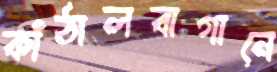
কাঁঠালবাগানে